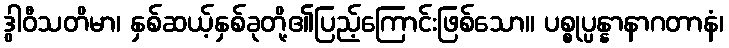
ဒွါဝီသတိမာ၊ နှစ်ဆယ့်နှစ်ခုတို့၏ပြည့်ကြောင်းဖြစ်သော။ ပစ္စုပ္ပန္နာနာဂတာနံ၊